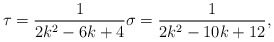
\begin{align*}\tau=\frac{1}{2k^2-6k+4}\sigma=\frac{1}{2k^2-10k+12},\end{align*}